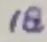
Text: 18